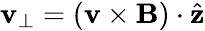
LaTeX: \mathbf{v}_{\perp}=(\mathbf{{\mathbf{v}}}\times\mathbf{{B}})\cdot\hat{{\mathbf{{z}}}}